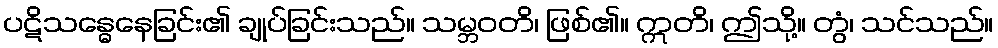
ပဋိသန္ဓေနေခြင်း၏ ချုပ်ခြင်းသည်။ သမ္ဘဝတိ၊ ဖြစ်၏။ ဣတိ၊ ဤသို့။ တွံ၊ သင်သည်။